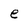
Character: e